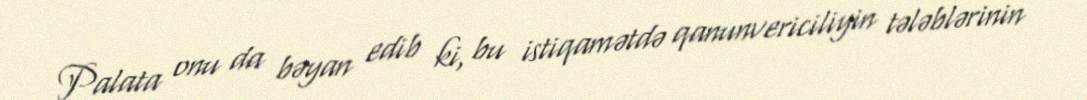
Palata onu da bəyan edib ki, bu istiqamətdə qanunvericiliyin tələblərinin